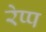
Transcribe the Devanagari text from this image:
रेप्प